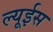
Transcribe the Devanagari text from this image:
ल्यूईस